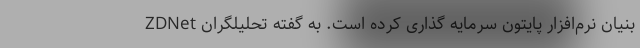
بنیان نرم‌افزار پایتون سرمایه گذاری کرده است. به گفته تحلیلگران ZDNet